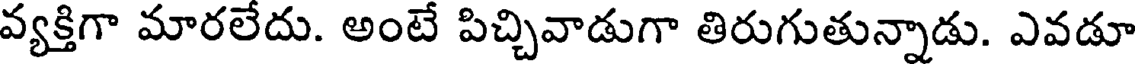
వ్యక్తిగా మారలేదు. అంటే పిచ్చివాడుగా తిరుగుతున్నాడు. ఎవడూ